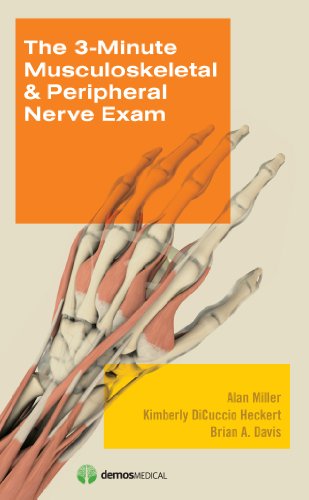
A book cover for The 3-Minute Musculoskeletal & Peripheral Nerve Exam; Alan Miller MD; Medical Books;